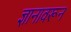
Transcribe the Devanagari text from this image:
ज्ञानावरून